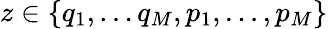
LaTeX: z\in\{ q_{1},\dots q_{M},p_{1},\dots,p_{M}\}